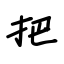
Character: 把